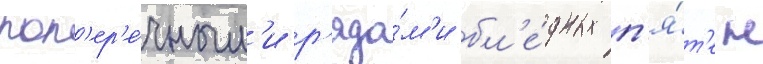
поп'ер'е́чным'и р'яда́м'и бл'е́дных п'я́т'ен